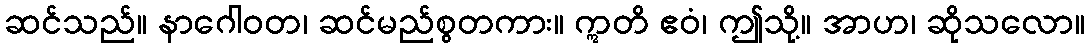
ဆင်သည်။ နာဂေါဝတ၊ ဆင်မည်စွတကား။ ဣတိ ဧဝံ၊ ဤသို့။ အာဟ၊ ဆိုသလော။